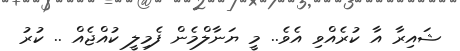
ޝައިރާ އާ ކުރެއްވި އެވެ.. މީ ޔަނާލްމެން ފެމިލީ ކުއްޖެއް .. ކުރު